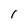
Character: 1